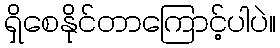
ရှိစေနိုင်တာကြောင့်ပါပဲ။